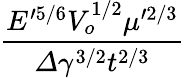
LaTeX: \frac{E^{\prime 5/6}V_{o}^{1/2}\mu^{\prime 2/3}}{\varDelta\gamma^{3/2}t^{2/3}}